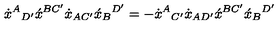
\dot { x } ^ { A } { } _ { D ^ { \prime } } \acute { x } ^ { B C ^ { \prime } } \dot { x } _ { A C ^ { \prime } } \acute { x } _ { B } { } ^ { D ^ { \prime } } = - \dot { x } ^ { A } { } _ { C ^ { \prime } } \dot { x } _ { A D ^ { \prime } } \acute { x } ^ { B C ^ { \prime } } \acute { x } _ { B } { } ^ { D ^ { \prime } }